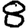
Digit: 8